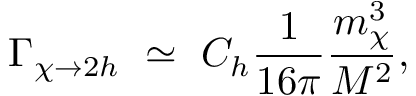
\Gamma _ { \chi \rightarrow 2 h } ~ \simeq ~ C _ { h } \frac { 1 } { 1 6 \pi } \frac { m _ { \chi } ^ { 3 } } { M ^ { 2 } } ,